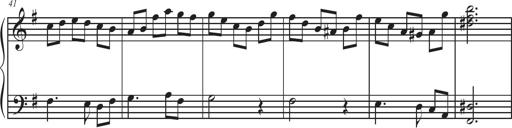
Title: Sonatina Espania
Composer: Jerald Franklin Archer
Key: Various